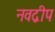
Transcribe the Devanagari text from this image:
नवद्बीप